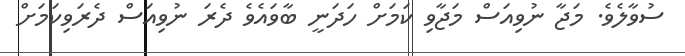
ސުވާލެވެ. މަޖާ ނުވިއަސް މަޖާވި ކަމަަށް ހަދަނީ ބާވައެވެ ދެރަ ނުވިއަސް ދެރަވިކަމަށް